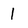
Character: 1